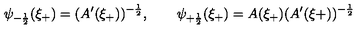
\psi _ { - \frac { 1 } { 2 } } ( \xi _ { + } ) = ( A ^ { \prime } ( \xi _ { + } ) ) ^ { - \frac { 1 } { 2 } } , \qquad \psi _ { + \frac { 1 } { 2 } } ( \xi _ { + } ) = A ( \xi _ { + } ) ( A ^ { \prime } ( \xi { + } ) ) ^ { - \frac { 1 } { 2 } }